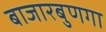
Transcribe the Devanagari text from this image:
बाजारबुणगा